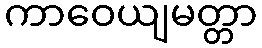
ကာဝေယျမတ္တာ